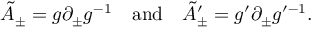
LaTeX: \tilde { A } _ { \pm } = g \partial _ { \pm } g ^ { - 1 } \quad \mathrm { a n d } \quad \tilde { A } _ { \pm } ^ { \prime } = g ^ { \prime } \partial _ { \pm } g ^ { \prime - 1 } .